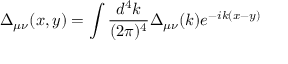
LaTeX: \Delta _ { \mu \nu } ( x , y ) = \int { \frac { d ^ { 4 } k } { ( 2 \pi ) ^ { 4 } } } \Delta _ { \mu \nu } ( k ) e ^ { - i k ( x - y ) }